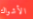
الأشواك